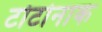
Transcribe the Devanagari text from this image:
टोटोनाक